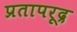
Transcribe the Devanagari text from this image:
प्रतापरूद्र